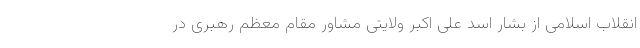
انقلاب اسلامی از بشار اسد علی اکبر ولایتی مشاور مقام معظم رهبری در